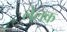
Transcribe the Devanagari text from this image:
लेलक